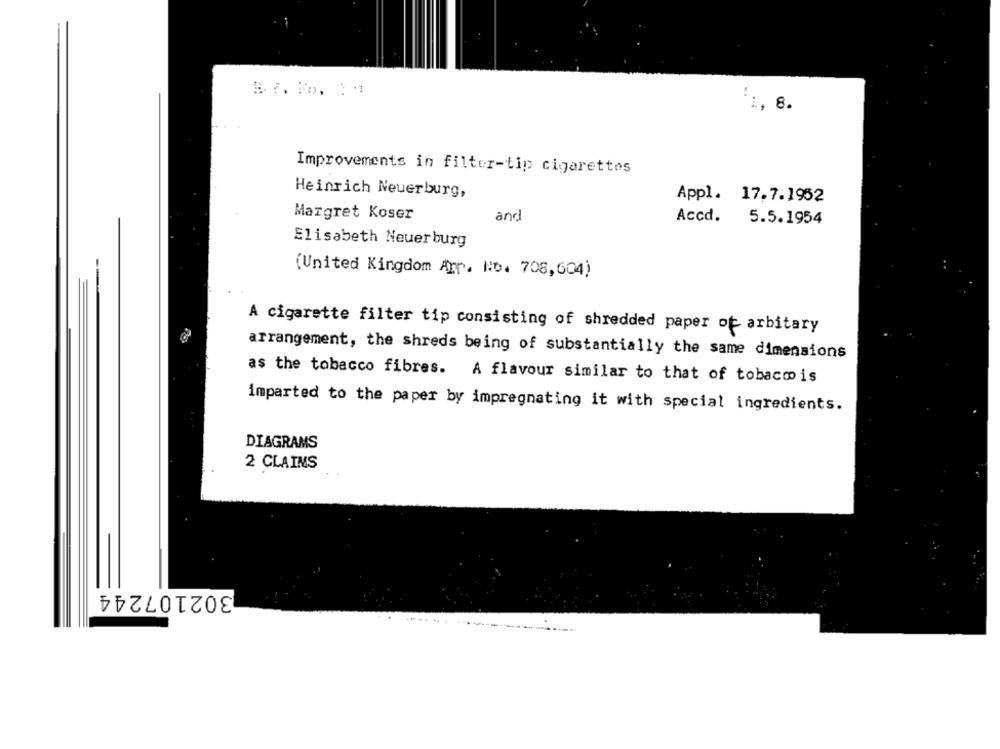
'1, 8.
Improvements in filter-tip cigarettes
Heinrich Neuerburg,
Appl. 17.7.1952
Margret Koser
and
Accd. 5.5.1954
Elisabeth Neuerburg
(United Kingdom Arr. No. 708,604)
A cigarette filter tip consisting of shredded paper of arbitary
arrangement, the shreds being of substantially the same dimensions
as the tobacco fibres. A flavour similar to that of tobacmois
imparted to the paper by impregnating it with special ingredients.
DIAGRAMS
2 CLAINS
302107244